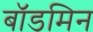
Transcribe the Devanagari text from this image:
बॉडमिन